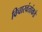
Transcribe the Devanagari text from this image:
विचारवंतांकडे